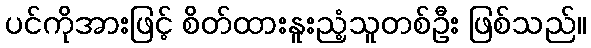
ပင်ကိုအားဖြင့် စိတ်ထားနူးညံ့သူတစ်ဦး ဖြစ်သည်။